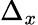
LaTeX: \Delta_{x}